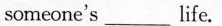
someone's ___life.